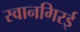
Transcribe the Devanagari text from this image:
स्वानगिरई